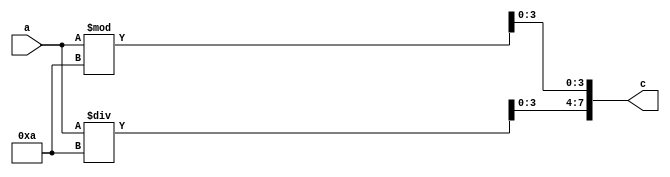
module bin_to_bcd2(input [3:0]a,output reg [7:0]c);

reg[3:0] i;
 

always @ (a) begin  
i=a;
c[3:0]<=i%10;
c[7:4]<=i/10;
  end
endmodule